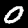
Label: 0